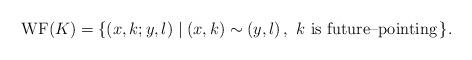
LaTeX: \begin{align*}{\rm WF}(K)=\{ (x,k;y,l)\mid (x,k)\sim (y,l)\, ,\ k\mbox{ is future--pointing}\, \}.\end{align*}